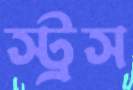
স্ট্রস